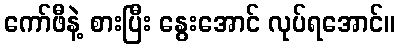
ကော်ဖီနဲ့ စားပြီး နွေးအောင် လုပ်ရအောင်။